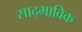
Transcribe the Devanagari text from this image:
साद्भाविक